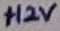
Text: +12V